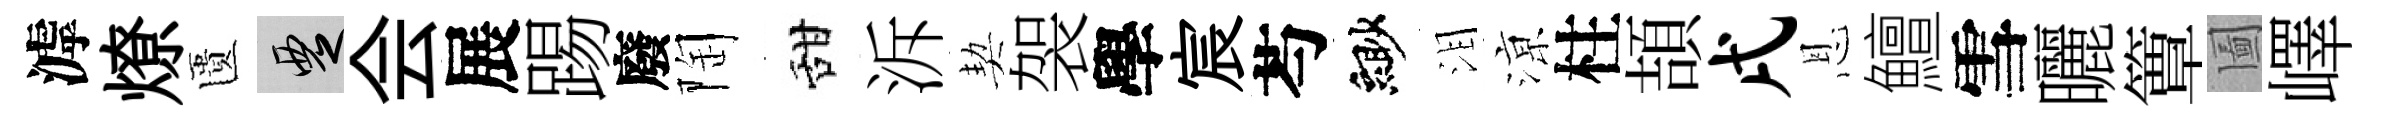
滹燎匱覂会展踢廢陶甜泝契袈學宸芍緲泪鿌柱頡戌恩鱣雪曬簟圗嶧